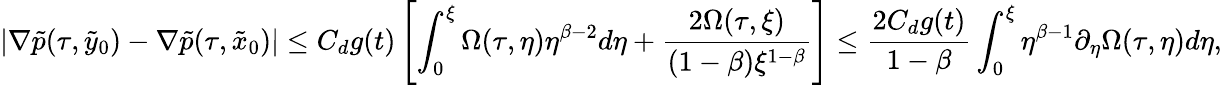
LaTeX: |\nabla\tilde{p}(\tau,\tilde{y}_{0})-\nabla\tilde{p}(\tau,\tilde{x}_{0})|\leq C_{d}g(t)\left[\int_{0}^{\xi}\Omega(\tau,\eta)\eta^{\beta-2}d\eta+\frac{2\Omega(\tau,\xi)}{(1-\beta)\xi^{1-\beta}}\right]\leq\frac{2C_{d}g(t)}{1-\beta}\int_{0}^{\xi}\eta^{\beta-1}\partial_{\eta}\Omega(\tau,\eta)d\eta,